Report on malaria in the Punjab during the year ...  together with an account of the work of the Punjab Malaria Bureau - Volume 6
Disease focus: Malaria
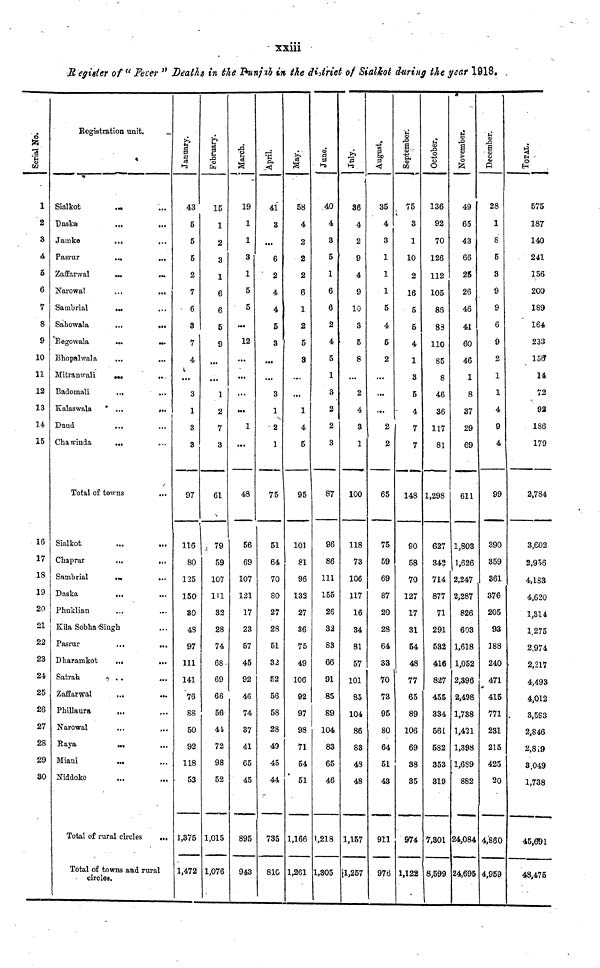
xxiii
Regisier of " Fever " Deaths in the Punjab in the district of Sialkot during the year 1918.
Serial No.
1
2
3
4
5
6
7
8
9
10
11
12
13
14
15
16
17
18
19
20
21
22
23
24
25
26
27
28
29
30
Registration unit.
Sialkot
Baska
Jamke
Pasrur
Zaffarwal
Narowal
Sambrial
Sahowala
Begowala
Bhopalwala
Mitranwali
Badomali
Kalaswala
Daud
Cha winda
...
...
...
...
...
...
...
...
...
...
...
...
...
...
Total of towns
Sialkot
Chaprar
Sambrial
Daska
Phuklian
...
...
...
...
...
Kila Sobha Singh
Pasrur
Dharamkot
Satrah
Zaffarwal
Phillaura
Narowal
Raya
Miani
Niddoke
...
...
...
...
...
...
...
Total of rural circles
...
...
...
...
...
...
...
...
...
...
...
...
...
...
...
.....
...
...
...
...
...
...
...
...
...
...
...
...
...
...
...
Total of towns and rural
circles.
January.
43
5
5
5
2
7
6
3
7
4
...
3
1
3
3
97
116
80
125
150
30
48
97
111
141
76
88
50
92
118
53
1,375
1,472
February.
15
1
2
3
1
6
6
5
9
...
1
2
7
3
61
79
59
107
111
32
28
74
68
69
66
56
44
72
98
52
1,015
1,076
March.
19
1
1
3
1
5
5
...
12
...
...
...
...
1
...
48
56
69
107
121
17
23
57
45
92
46
74
37
41
65
45
895
943
April.
41
3
...
6
2
4
4
5
3
...
...
3
1
2
1
75
51
64
70
80
27
28
51
32
52
56
58
28
49
45
44
735
810
May.
58
4
2
2
2
6
1
2
5
3
...
...
1
4
5
95
101
81
96
132
27
36
75
49
106
92
97
98
71
54
51
1,166
1,261
June.
40
4
3
5
1
6
6
2
4
5
1
3
2
2
3
87
96
86
111
155
26
32
83
66
91
85
89
104
83
65
46
1,218
1,305
July.
36
4
2
9
4
9
10
3
5
8
...
2
4
3
1
100
118
73
106
117
16
34
81
57
101
85
104
86
S3
48
48
1,157
1,257
August.
35
4
3
1
1
1
5
4
5
2
...
...
...
2
2
65
75
59
69
87
20
28
64
33
70
73
95
80
64
51
43
911
976
September:
75
3
1
10
2
16
5
5
4
1
3
5
4
7
7
148
90
58
70
127
17
31
54
48
77
65
89
106
69
38
35
974
1,122
October.
136
92
70
126
112
105
86
83
110
85
8
46
36
117
81
1,298
627
342
714
877
71
291
532
416
827
455
334
561
582
353
319
7,301
8,599
November.
49
65
43
66
25
26
46
41
60
46
1
8
37
29
69
611
1,803
1,626
2,247
2,287
826
603
1,618
1,052
2,396
2,498
1,738
1,421
1,398
1,689
882
24,084
24,695
December.
28
1
8
5
3
9
9
6
9
2
1
1
4
9
4
99
390
359
361
376
205
93
188
240
471
415
771
231
215
425
20
4,860
4,959
TOTAL.
575
187
140
241
156
200
189
164.
233
156
14
72
92
186
179
2,784
3,602
2,956
4,183
4,620
1,314
1.275
2.974
2,217
4,493
4,012
3,593
2,846
2,819
3,049
1,738
45,691
48,475